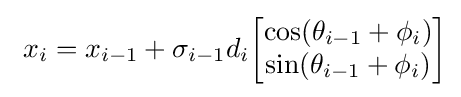
\textstyle \ x_{i}=x_{i-1}+\sigma _{i-1}d_{i}{\begin{bmatrix}\cos(\theta _{i-1}+\phi _{i})\\\sin(\theta _{i-1}+\phi _{i})\end{bmatrix}}